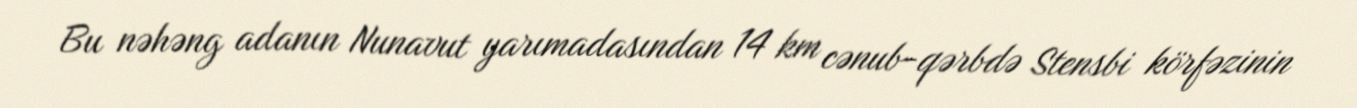
Bu nəhəng adanın Nunavut yarımadasından 14 km cənub-qərbdə Stensbi körfəzinin